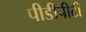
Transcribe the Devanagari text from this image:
पीडीपीटी